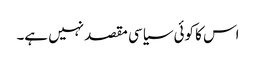
اس کا کوئی سیاسی مقصد نہیں ہے۔